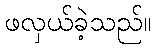
ဖလှယ်ခဲ့သည်။